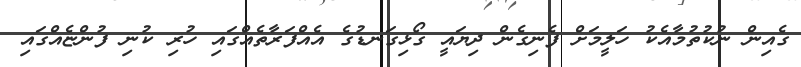
ގެއިން ނުކުތުމާއެކު ހަލީމަށް ފެނިގެން ދިޔައީ ގޯޅިގަނޑުގެ އެއްފަރާތެއްގައި ހުރި ކުނި ފުންޏެއްގައި